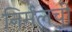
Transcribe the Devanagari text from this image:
निर्मलची